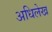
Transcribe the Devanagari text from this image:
अधिलेख